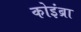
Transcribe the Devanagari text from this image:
कोइंब्रा